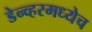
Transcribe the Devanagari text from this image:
डेन्व्हरमध्येच